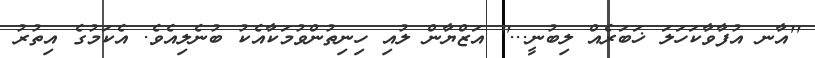
''އާނ އުފާވާކަހަލަ ޚަބަރެއް ލިބުނީ...'' އަޒްޔާން ލުއި ހިނިތުންވުމަކާއެކު ބުނެލިއެވެ. އެކަމުގެ އިތުރު